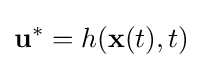
\mathbf {u} ^{\ast }=h(\mathbf {x} (t),t)